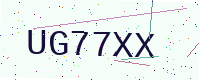
Text: UG77XX